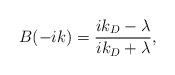
LaTeX: \begin{align*}B(-ik)=\frac{ik_{D}-\lambda}{ik_{D}+\lambda},\end{align*}